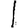
Digit: 1